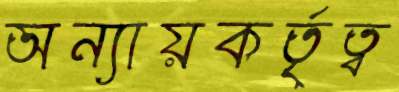
অন্যায়কর্তৃত্ব